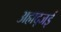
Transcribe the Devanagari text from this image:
अह्मद्जई